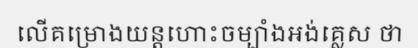
លើគម្រោងយន្តហោះចម្បាំងអង់គ្លេស ថា